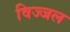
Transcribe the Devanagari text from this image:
विज्जल